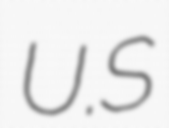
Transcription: U.S